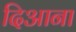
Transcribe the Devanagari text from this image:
दिआना